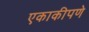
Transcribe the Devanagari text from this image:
एकाकीपणे